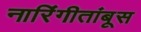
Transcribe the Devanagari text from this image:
नारिंगीतांबूस